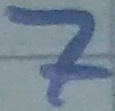
Text: 7